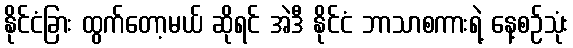
နိုင်ငံခြား ထွက်တော့မယ် ဆိုရင် အဲဒီ နိုင်ငံ ဘာသာစကားရဲ့ နေ့စဉ်သုံး